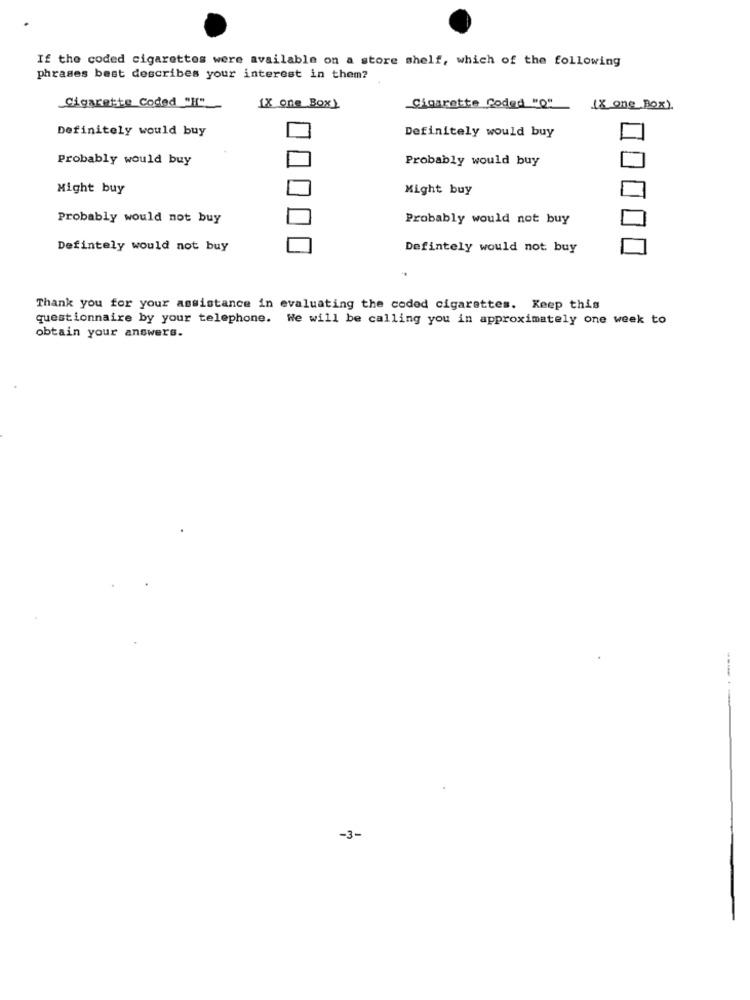
If the coded cigarettes were available on a store shelf, which of the following
phrases best describes your interest in them?
Cigarette Coded "
[X one Box)
Cigarette Coded "Q"
(8 one Box).
Definitely would buy
Definitely would buy
Probably would buy
Probably would buy
Might buy
Might buy
Probably would not buy
Probably would not buy
Defintely would not buy
Defintely would not buy
Thank you for your assistance in evaluating the coded cigarettes. Keep this
questionnaire by your telephone. We will be calling you in approximately one week to
obtain your answers.
-3-